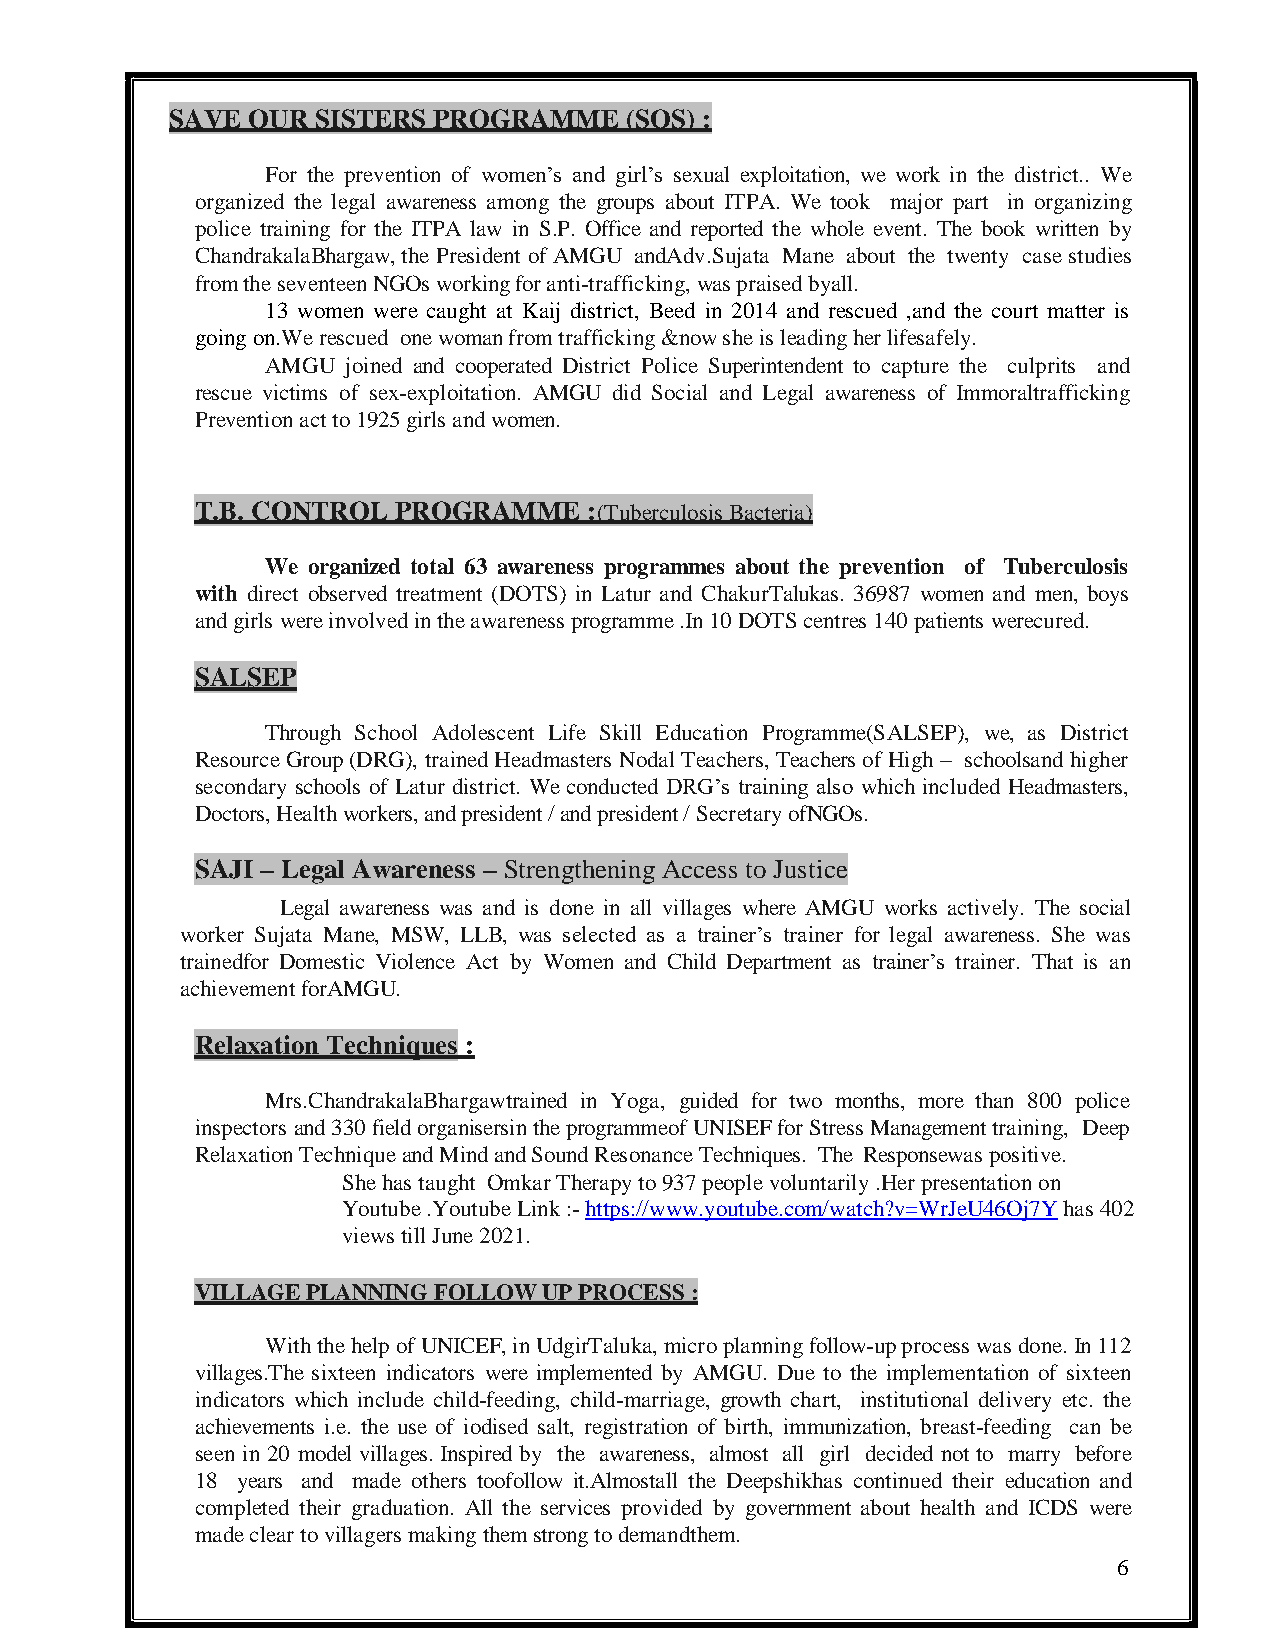
SAVE OUR  SISTERS PROGRAMME   (SOS) :
 For the prevention of women’s and girl’s sexual exploitation, we work in the district.. We
 organized the legal awareness among the groups about ITPA. We took major part in organizing
 police training for the ITPA law in S.P. Office and reported the whole event. The book written by
 ChandrakalaBhargaw, the President of AMGU andAdv.Sujata Mane about the twenty case studies
 from the seventeen NGOs working for anti-trafficking, was praised byall.
 13 women were caught at Kaij district, Beed in 2014 and rescued ,and the court matter is
 going on.We rescued one woman from trafficking &now she is leading her lifesafely.
 AMGU joined and cooperated District Police Superintendent to capture the culprits and
 rescue victims of sex-exploitation. AMGU did Social and Legal awareness of Immoraltrafficking
 Prevention act to 1925 girls and women.
 T.B. CONTROL PROGRAMME    :(Tuberculosis Bacteria)
 We organized total 63 awareness programmes about the prevention of Tuberculosis
 with direct observed treatment (DOTS) in Latur and ChakurTalukas. 36987 women and men, boys
 and girls were involved in the awareness programme .In 10 DOTS centres 140 patients werecured.
 SALSEP
 Through School Adolescent Life Skill Education Programme(SALSEP), we, as District
 Resource Group (DRG), trained Headmasters Nodal Teachers, Teachers of High – schoolsand higher
 secondary schools of Latur district. We conducted DRG’s training also which included Headmasters,
 Doctors, Health workers, and president / and president / Secretary ofNGOs.
 SAJI – Legal Awareness – Strengthening Access to Justice
 Legal awareness was and is done in all villages where AMGU works actively. The social
 worker Sujata Mane, MSW, LLB, was selected as a trainer’s trainer for legal awareness. She was
 trainedfor Domestic Violence Act by Women and Child Department as trainer’s trainer. That is an
 achievement forAMGU.
 Relaxation Techniques :
 Mrs.ChandrakalaBhargawtrained in Yoga, guided for two months, more than 800 police
 inspectors and 330 field organisersin the programmeof UNISEF for Stress Management training, Deep
 Relaxation Technique and Mind and Sound Resonance Techniques. The Responsewas positive.
 She has taught Omkar Therapy to 937 people voluntarily .Her presentation on
 Youtube .Youtube Link :- https://www.youtube.com/watch?v=WrJeU46Oj7Y has 402
 views till June 2021.
 VILLAGE PLANNING FOLLOW UP PROCESS :
 With the help of UNICEF, in UdgirTaluka, micro planning follow-up process was done. In 112
 villages.The sixteen indicators were implemented by AMGU. Due to the implementation of sixteen
 indicators which include child-feeding, child-marriage, growth chart, institutional delivery etc. the
 achievements i.e. the use of iodised salt, registration of birth, immunization, breast-feeding can be
 seen in 20 model villages. Inspired by the awareness, almost all girl decided not to marry before
 18 years and made others toofollow it.Almostall the Deepshikhas continued their education and
 completed their graduation. All the services provided by government about health and ICDS were
 made clear to villagers making them strong to demandthem.
 6